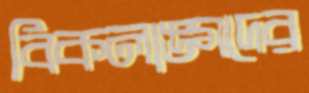
বিকলাঙ্গদের